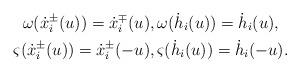
LaTeX: \begin{gather*} \omega(\dot{x}_i^\pm(u))=\dot{x}_{i}^\mp(u), \omega(\dot{h}_i(u))=\dot{h}_i(u),\\ \varsigma(\dot{x}_i^\pm(u))=\dot{x}_i^\pm(-u), \varsigma(\dot{h}_i(u))=\dot{h}_i(-u).\end{gather*}